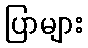
ပြာများ